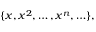
\{ x , x ^ { 2 } , \ldots , x ^ { n } , \ldots \} ,